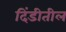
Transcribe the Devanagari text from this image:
दिंडीतील